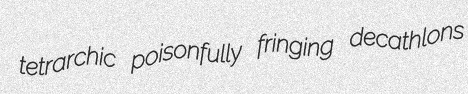
tetrarchic poisonfully fringing decathlons